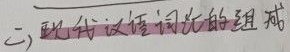
(二) 现代汉语词汇的组成